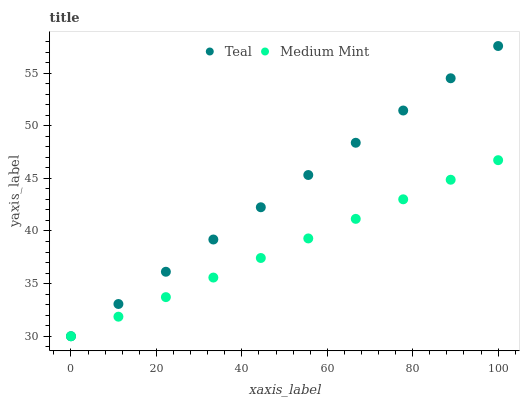
| xaxis_label | Teal | Medium Mint |
 | --- | --- | --- |
 | 0 | 30 | 30 |
 | 11.1 | 33.1 | 31.9 |
 | 22.2 | 36.1 | 33.7 |
 | 33.3 | 39.2 | 35.6 |
 | 44.4 | 42.3 | 37.4 |
 | 55.6 | 45.3 | 39.3 |
 | 66.7 | 48.4 | 41.2 |
 | 77.8 | 51.4 | 43 |
 | 88.9 | 54.5 | 44.9 |
 | 100 | 57.6 | 46.7 |